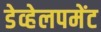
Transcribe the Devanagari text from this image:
डेव्हेलपमेंट